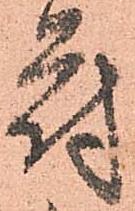
符